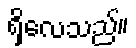
ရှိလေသည်။